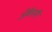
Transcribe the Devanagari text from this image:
अँकॅडमी